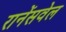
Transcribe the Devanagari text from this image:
रानेंसवेल